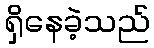
ရှိနေခဲ့သည်